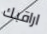
اراقبك